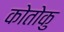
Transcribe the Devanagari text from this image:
कोतोकु